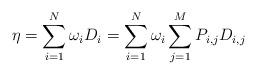
LaTeX: \begin{align*}\eta &=\sum_{i=1}^{N} \omega_i D_i =\sum_{i=1}^{N} \omega_i \sum_{j=1}^{M} P_{i,j}D_{i,j} \end{align*}